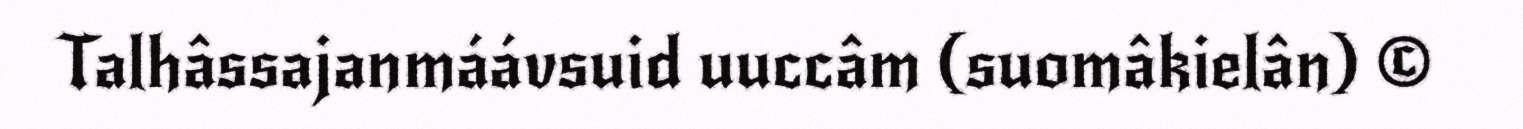
Talhâssajanmáávsuid uuccâm (suomâkielân) ©